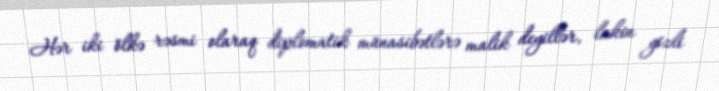
Hər iki ölkə rəsmi olaraq diplomatik münasibətlərə malik deyillər, lakin gizli